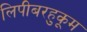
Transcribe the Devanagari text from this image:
लिपीबरहुकूम